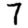
Digit: 7